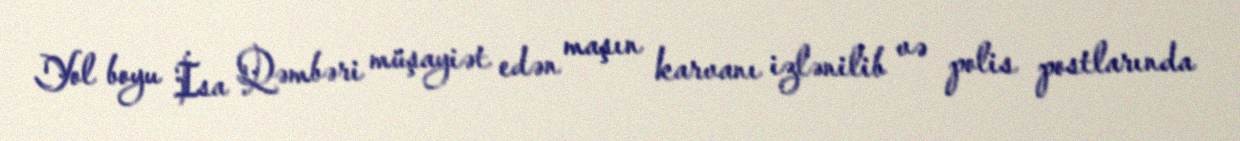
Yol boyu İsa Qəmbəri müşayiət edən maşın karvanı izlənilib və polis postlarında